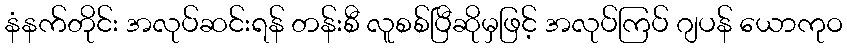
နံနက်တိုင်း အလုပ်ဆင်းရန် တန်းစီ လူစစ်ပြီဆိုမှဖြင့် အလုပ်ကြပ် ဂျပန် ယောကုဝ